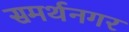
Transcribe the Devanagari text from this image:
समर्थनगर